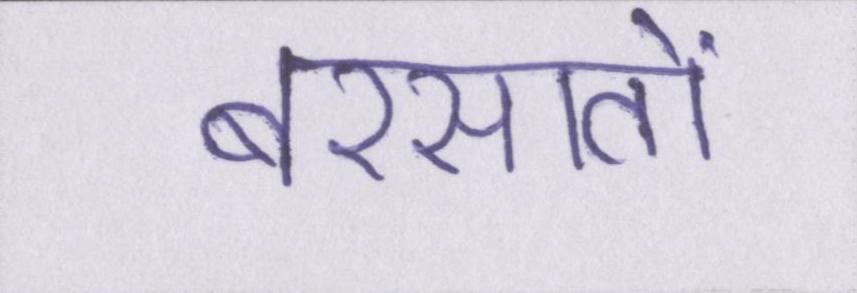
बरसातों